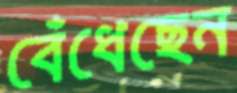
বেঁধেছেন